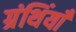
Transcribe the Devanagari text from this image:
ग्रंथिंयाँ